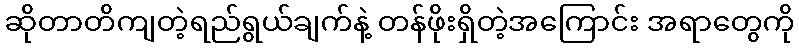
ဆိုတာတိကျတဲ့ရည်ရွယ်ချက်နဲ့ တန်ဖိုးရှိတဲ့အကြောင်း အရာတွေကို